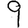
Digit: 9